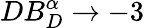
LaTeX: DB_{D}^{\alpha}\to-3